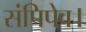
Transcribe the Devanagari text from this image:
संपिपेव।